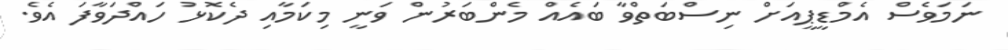
ނަމަވެސް އެމްޑީޕީއަށް ނިސްބަތްވާ ބައެއް މެންބަރުން ވަނީ މިކަމާއި ދެކޮޅު ހައްދަވާފަ އެވެ.